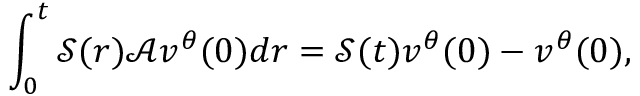
\int _ { 0 } ^ { t } \mathcal { S } ( r ) \mathcal { A } v ^ { \theta } ( 0 ) d r = \mathcal { S } ( t ) v ^ { \theta } ( 0 ) - v ^ { \theta } ( 0 ) ,